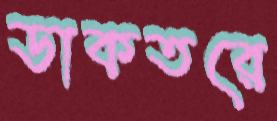
ডাকতরে